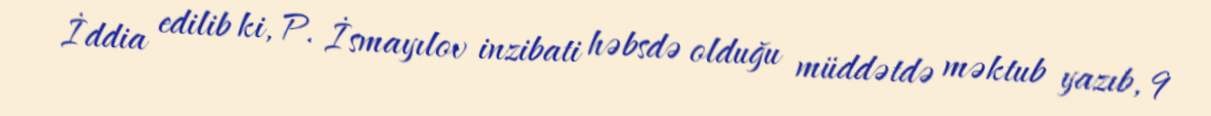
İddia edilib ki, P. İsmayılov inzibati həbsdə olduğu müddətdə məktub yazıb, 9